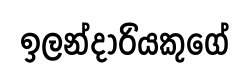
ඉලන්දාරියකුගේ